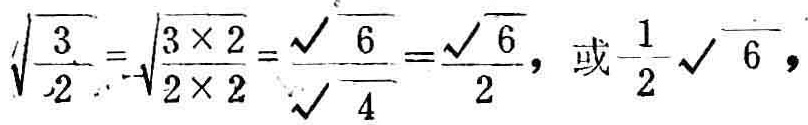
\(\sqrt{\frac{3}{2}}=\sqrt{\frac{3\times 2}{2\times 2}}=\frac{\sqrt{6}}{\sqrt{4}}=\frac{\sqrt{6}}{2}\)，或\(\frac{1}{2}\sqrt{6}\)，